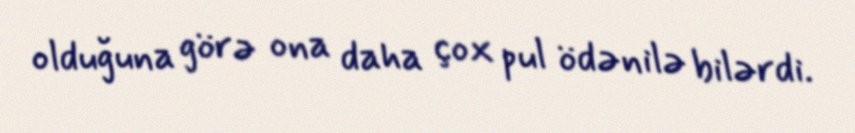
olduğuna görə ona daha çox pul ödənilə bilərdi.